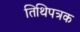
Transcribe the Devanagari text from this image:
तिथिपत्रक